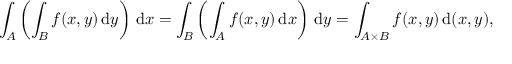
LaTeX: \int _ { A } \left( \int _ { B } f ( x , y ) \, { \mathrm { d } } y \right) \, { \mathrm { d } } x = \int _ { B } \left( \int _ { A } f ( x , y ) \, { \mathrm { d } } x \right) \, { \mathrm { d } } y = \int _ { A \times B } f ( x , y ) \, { \mathrm { d } } ( x , y ) ,